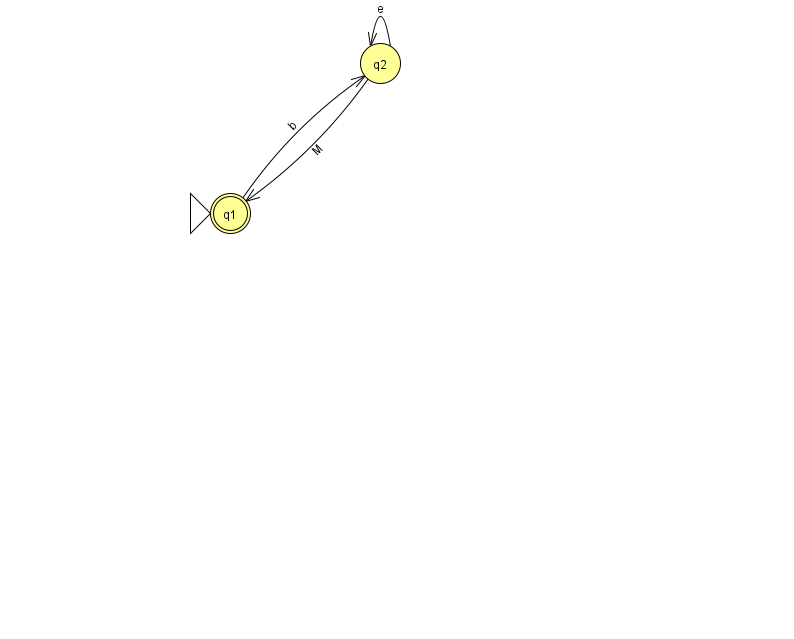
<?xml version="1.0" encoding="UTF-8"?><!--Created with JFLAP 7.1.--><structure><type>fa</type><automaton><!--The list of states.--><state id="1" name="q1"><x>230.0</x><y>200.0</y><initial/><final/></state><state id="2" name="q2"><x>380.0</x><y>50.0</y></state><!--The list of transitions.--><transition><from>2</from><to>1</to><read>M</read></transition><transition><from>2</from><to>2</to><read>e</read></transition><transition><from>1</from><to>2</to><read>b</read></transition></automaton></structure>